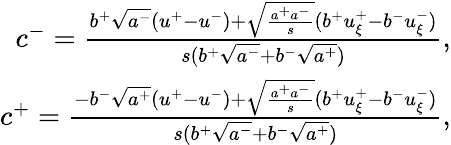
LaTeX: \begin{array}{r}{c^{-}=\frac{b^{+}\sqrt{a^{-}}(u^{+}-u^{-})+\sqrt{\frac{a^{+}a^{-}}{s}}(b^{+}u_{\xi}^{+}-b^{-}u_{\xi}^{-})}{s(b^{+}\sqrt{a^{-}}+b^{-}\sqrt{a^{+}})},}\\ {c^{+}=\frac{-b^{-}\sqrt{a^{+}}(u^{+}-u^{-})+\sqrt{\frac{a^{+}a^{-}}{s}}(b^{+}u_{\xi}^{+}-b^{-}u_{\xi}^{-})}{s(b^{+}\sqrt{a^{-}}+b^{-}\sqrt{a^{+}})},}\end{array}